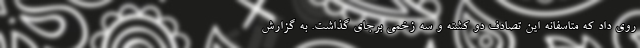
روی داد که متاسفانه این تصادف دو کشته و سه زخمی برجای گذاشت. به گزارش